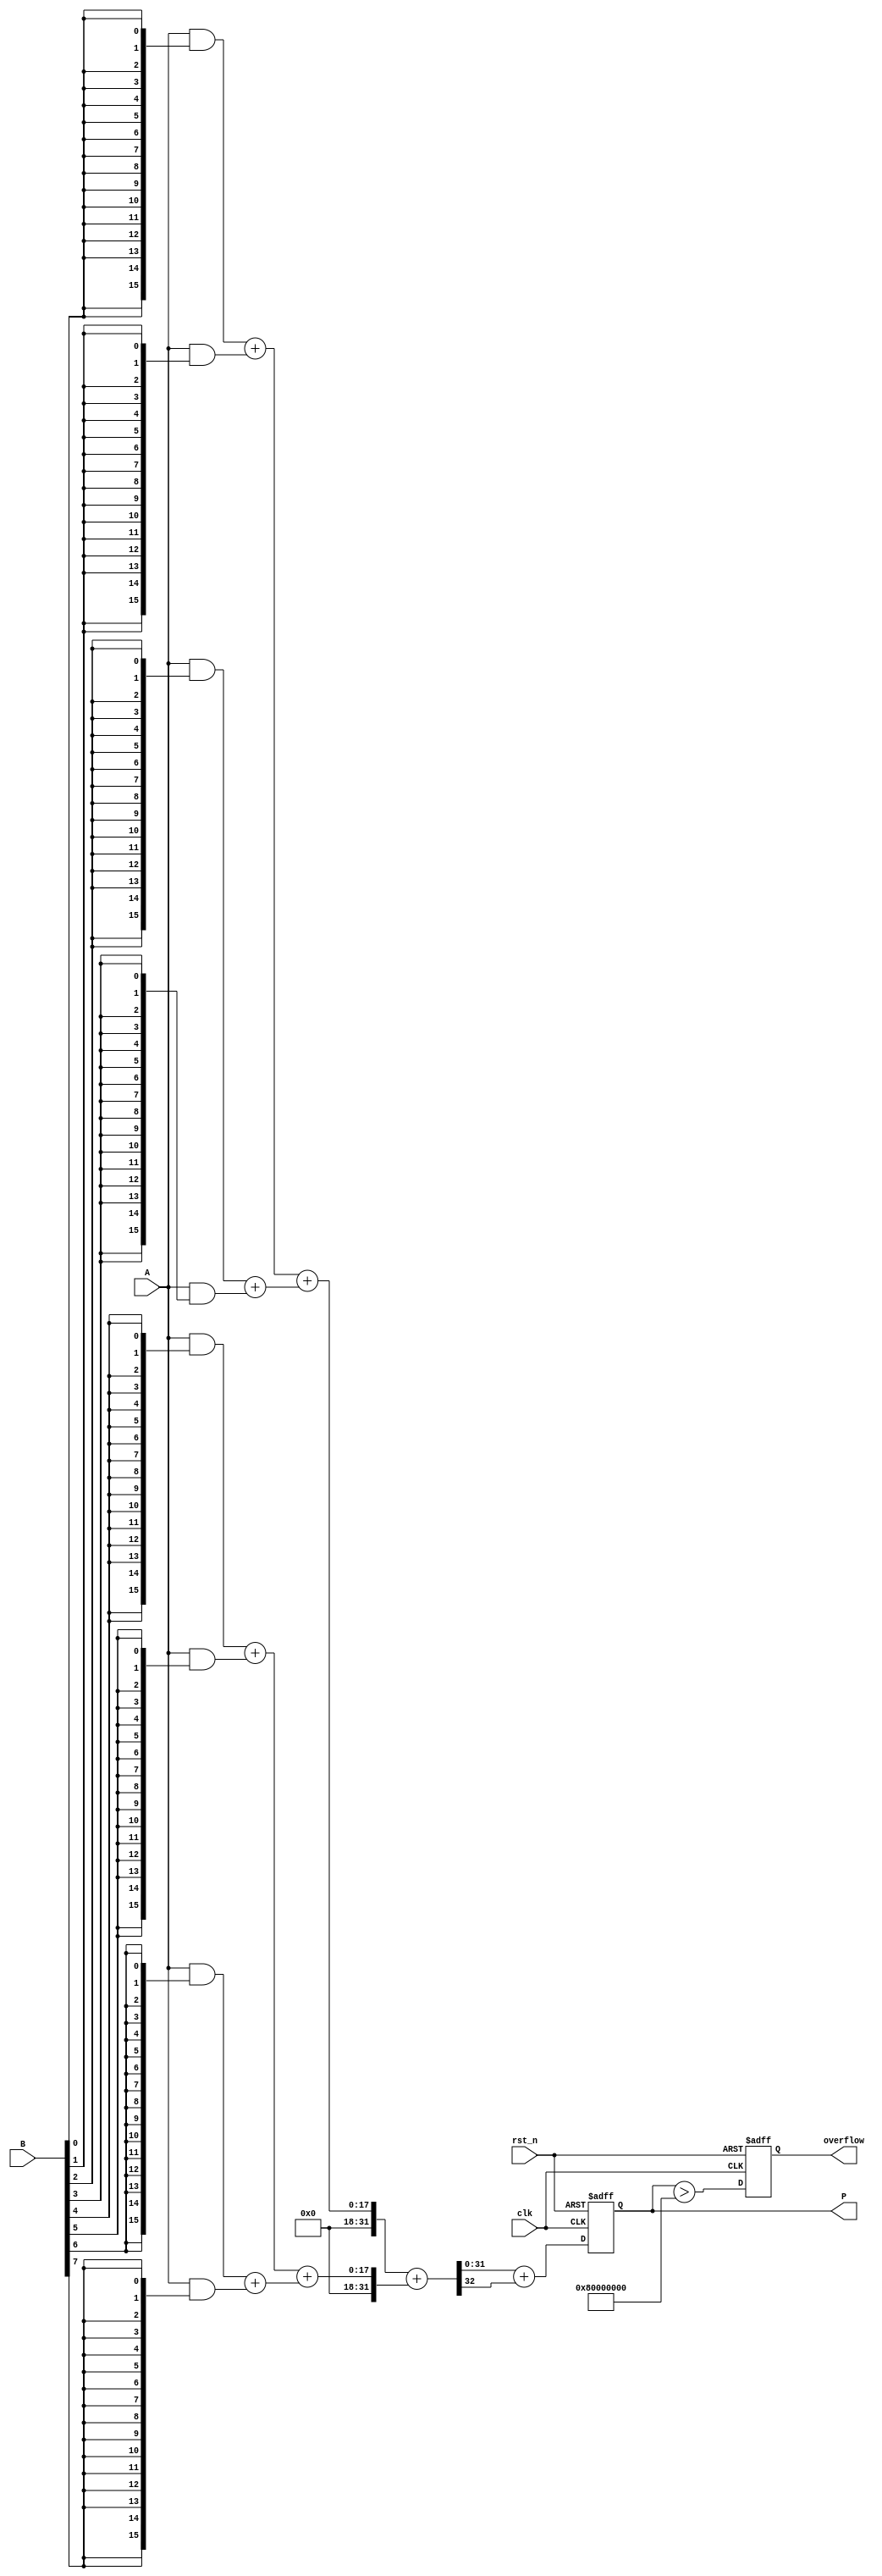
module fixed_point_wallace_tree_multiplier #(
    parameter A_WIDTH = 16, // Width of multiplicand
    parameter B_WIDTH = 16, // Width of multiplier
    parameter P_WIDTH = A_WIDTH + B_WIDTH // Width of product
)(
    input clk,                  // Clock signal
    input rst_n,               // Active low reset
    input signed [A_WIDTH-1:0] A, // Multiplicand
    input signed [B_WIDTH-1:0] B, // Multiplier
    output reg signed [P_WIDTH-1:0] P, // Product
    output reg overflow         // Overflow flag
);

    // Partial product generation
    wire [A_WIDTH-1:0] pp [0:B_WIDTH-1]; // Partial products

    genvar i;
    generate
        for (i = 0; i < B_WIDTH; i = i + 1) begin : gen_partial_products
            assign pp[i] = A & {A_WIDTH{B[i]}}; // AND operation generates partial products
        end
    endgenerate

    // Stage 1: Generate pairs and sum them
    wire [P_WIDTH-1:0] sum_stage1 [0:(B_WIDTH/2)]; // Sums for stage 1
    wire carry_stage1 [0:(B_WIDTH/2)]; // Carries for stage 1

    generate
        for (i = 0; i < B_WIDTH/2; i = i + 1) begin : add_stage1
            if (i < B_WIDTH/2 - 1) begin
                assign {carry_stage1[i], sum_stage1[i]} = pp[2*i] + pp[2*i+1]; // Full adder
            end else begin
                assign sum_stage1[i] = pp[2*i]; // Last element remains unchanged
            end
        end
    endgenerate

    // Stage 2: Continue reductions
    wire [P_WIDTH-1:0] sum_stage2 [0:(B_WIDTH/4)]; // Sums for stage 2
    wire carry_stage2 [0:(B_WIDTH/4)]; // Carries for stage 2

    generate
        for (i = 0; i < (B_WIDTH/4); i = i + 1) begin : add_stage2
            assign {carry_stage2[i], sum_stage2[i]} = sum_stage1[2*i] + sum_stage1[2*i+1]; // Full adder
        end
    endgenerate

    // Stage 3: Final summation
    wire [P_WIDTH-1:0] final_sum;
    wire final_carry;

    assign {final_carry, final_sum} = sum_stage2[0] + sum_stage2[1];

    // Final Product assignment with overflow detection
    always @(posedge clk or negedge rst_n) begin
        if (!rst_n) begin
            P <= 0;
            overflow <= 0;
        end else begin
            P <= final_sum + final_carry; // Add final sum + carry
            overflow <= (P > {1'b1, {(P_WIDTH-1){1'b0}}}); // Check for overflow, only for signed
        end
    end

endmodule